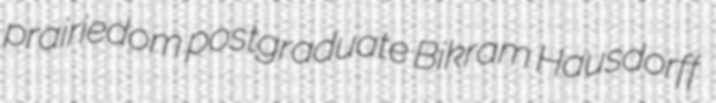
prairiedom postgraduate Bikram Hausdorff